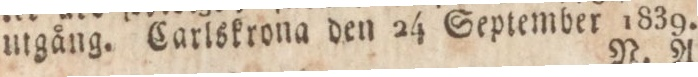
utgång. Carlskrona den 24 September 1839.